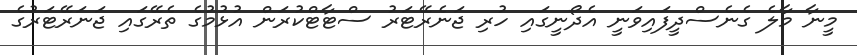
މީނާ މާލެ ގެނެސްދީފައިވަނީ އެދޯނީގައި ހުރި ޖަނެރޭޓަރު ސްޓާޓްކުރަން އުޅުމުގެ ތެރޭގައި ޖަނަރޭޓަރުގެ